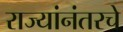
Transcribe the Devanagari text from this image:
राज्यांनंतरचे